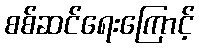
စစ်ဆင်ရေးကြောင့်